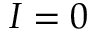
I = 0